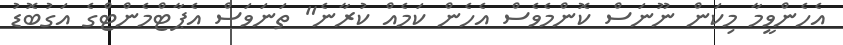
އެހެންވީމާ މިކަން ނޫނަސް ކޮންމެވެސް އެހެން ކަމެއް ކުރާނެ" ތަނަވަސް އެޕާޓްމެންޓްގެ އަގުބޮޑު